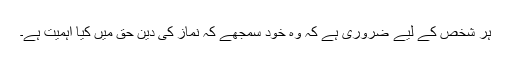
ہر شخص کے لیے ضروری ہے کہ وہ خود سمجھے کہ نماز کی دین حق میں کیا اہمیت ہے۔